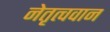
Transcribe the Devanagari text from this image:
नेतृत्ववान